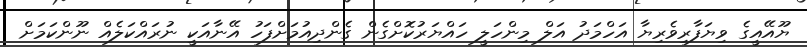
ޔޫއޭއީގެ ވިޔަފާރިވެރިޔާ އަހްމަދު އަލް މިންހަލީ ހައްޔަރުކޮށްގެން ގެންދިއުމަށްފަހު އޭނާއަކީ ނުރައްކަލެއް ނޫންކަމަށް